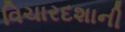
વિચારદશાની